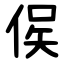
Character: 㑨